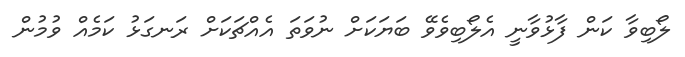
ލޯބިވާ ކަން ފާޅުވާނީ އެލޯބިވެވޭ ބަޔަކަށް ނުވަތަ އެއްޗަކަށް ރަނގަޅު ކަމެއް ވުމުން